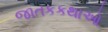
જાતકકથાઓ